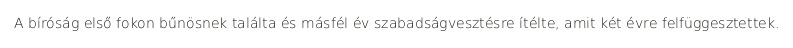
A bíróság első fokon bűnösnek találta és másfél év szabadságvesztésre ítélte, amit két évre felfüggesztettek.